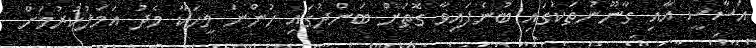
އަސާސީ އާއި ގާނޫނުތަކުގައި ބުނެފައިވާ ގޮތަށް ބަންދުގައި ހުންނަ މީހަކާ މެދު އަމަލުކުރުމަށް